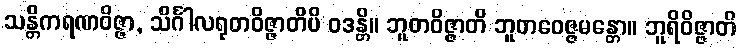
သန္တိကရဏဝိဇ္ဇာ, သိင်္ဂါလရုတဝိဇ္ဇာတိပိ ဝဒန္တိ။ ဘူတဝိဇ္ဇာတိ ဘူတဝေဇ္ဇမန္တော။ ဘူရိဝိဇ္ဇာတိ